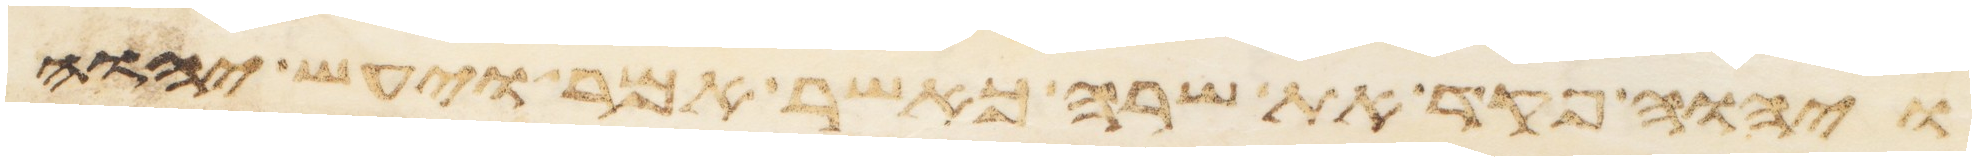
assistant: ויהוה פקד את שרה כאשר אמר ויעש יהוה